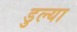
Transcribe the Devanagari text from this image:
डुल्या